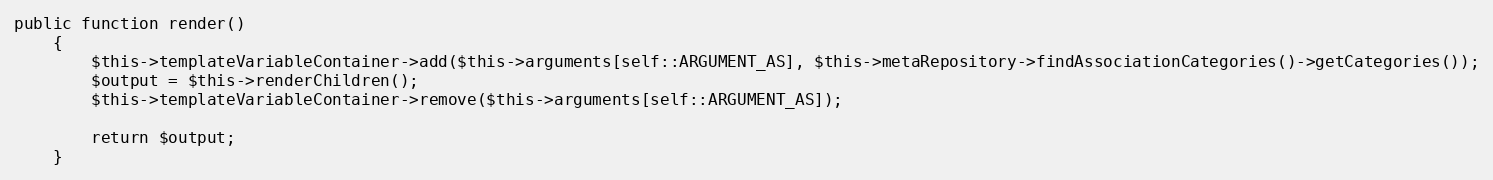
Language: PHP
public function render()
    {
        $this->templateVariableContainer->add($this->arguments[self::ARGUMENT_AS], $this->metaRepository->findAssociationCategories()->getCategories());
        $output = $this->renderChildren();
        $this->templateVariableContainer->remove($this->arguments[self::ARGUMENT_AS]);

        return $output;
    }